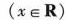
(x∈R)